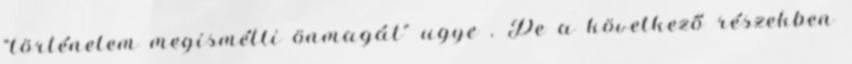
“történelem megismétli önmagát” ugye . De a következő részekben